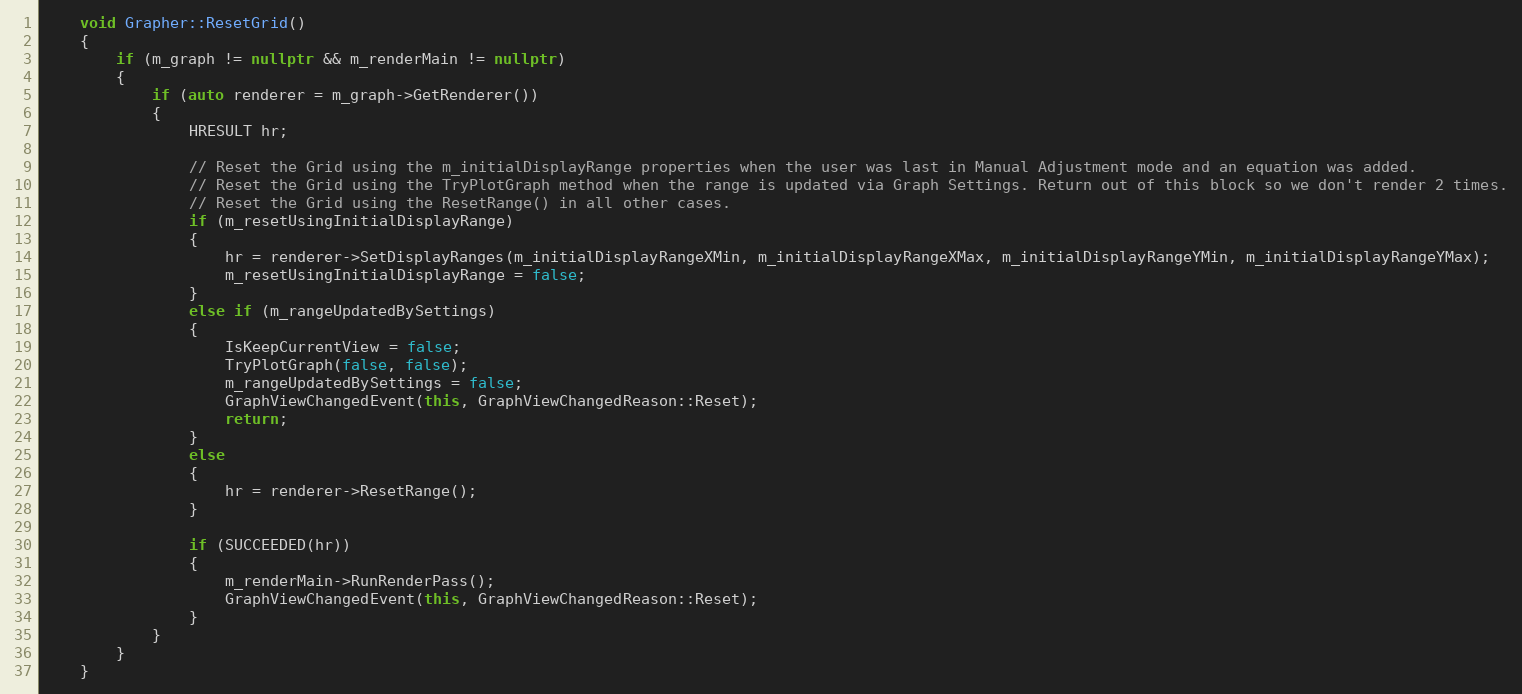
Language: C++
    void Grapher::ResetGrid()
    {
        if (m_graph != nullptr && m_renderMain != nullptr)
        {
            if (auto renderer = m_graph->GetRenderer())
            {
                HRESULT hr;

                // Reset the Grid using the m_initialDisplayRange properties when the user was last in Manual Adjustment mode and an equation was added.
                // Reset the Grid using the TryPlotGraph method when the range is updated via Graph Settings. Return out of this block so we don't render 2 times.
                // Reset the Grid using the ResetRange() in all other cases.
                if (m_resetUsingInitialDisplayRange)
                {
                    hr = renderer->SetDisplayRanges(m_initialDisplayRangeXMin, m_initialDisplayRangeXMax, m_initialDisplayRangeYMin, m_initialDisplayRangeYMax);
                    m_resetUsingInitialDisplayRange = false;
                }
                else if (m_rangeUpdatedBySettings)
                {
                    IsKeepCurrentView = false;
                    TryPlotGraph(false, false);
                    m_rangeUpdatedBySettings = false;
                    GraphViewChangedEvent(this, GraphViewChangedReason::Reset);
                    return;
                }
                else
                {
                    hr = renderer->ResetRange();
                }

                if (SUCCEEDED(hr))
                {
                    m_renderMain->RunRenderPass();
                    GraphViewChangedEvent(this, GraphViewChangedReason::Reset);
                }
            }
        }
    }